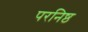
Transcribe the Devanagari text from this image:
परनिष्ठ